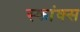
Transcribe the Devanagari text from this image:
स्कांक्स